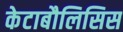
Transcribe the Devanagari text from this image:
केटाबौलिसिस